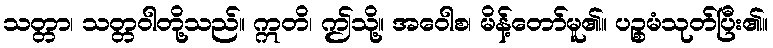
သတ္တာ၊ သတ္တဝါတို့သည်။ ဣတိ၊ ဤသို့။ အဝေါစ၊ မိန့်တော်မူ၏။ ပဉ္စမံသုတ်ပြီး၏။